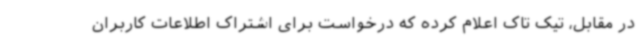
در مقابل، تیک تاک اعلام کرده که درخواست برای اشتراک اطلاعات کاربران